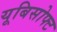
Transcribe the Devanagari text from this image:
यूबिसोफ्ट